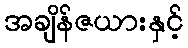
အချိန်ဇယားနှင့်